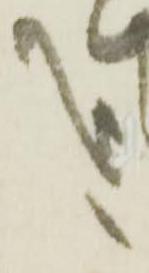
哉